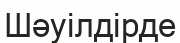
Шәуілдірде